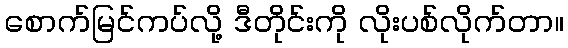
စောက်မြင်ကပ်လို့ ဒီတိုင်းကို လိုးပစ်လိုက်တာ။